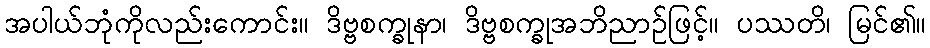
အပါယ်ဘုံကိုလည်းကောင်း။ ဒိဗ္ဗစက္ခုနာ၊ ဒိဗ္ဗစက္ခုအဘိညာဉ်ဖြင့်။ ပဿတိ၊ မြင်၏။